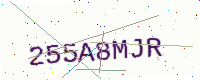
Text: 255A8MJR